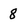
Character: 8